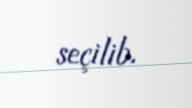
seçilib.